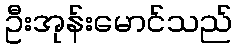
ဦးအုန်းမောင်သည်